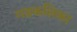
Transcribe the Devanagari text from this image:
गडकलिका